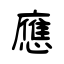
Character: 應